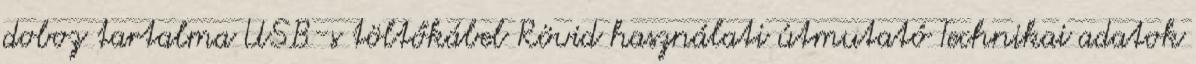
doboz tartalma USB-s töltőkábel Rövid használati útmutató Technikai adatok